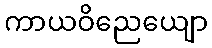
ကာယဝိညေယျော